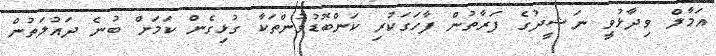
އަމާލް ވިދާޅުވީ ނަޝީދުގެ ފަރާތުން ފާހަގަކުރި ކަންބޮޑުވުންތަކާ ގުޅިގެން ކަމަށް ބުނެ ދައުލަތުން